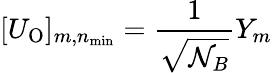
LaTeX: [U_{\mathrm{O}}]_{m,n_{\mathrm{min}}}={\frac{1}{\sqrt{\mathcal{N}_{B}}}}Y_{m}